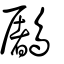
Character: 鷵